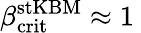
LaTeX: \beta_{\mathrm{crit}}^{\mathrm{stKBM}}\approx 1\